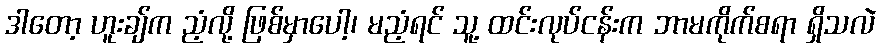
ဒါတော့ ဟူးချ်က ညံ့လို့ ဖြစ်မှာပေါ့၊ မညံ့ရင် သူ့ ထင်းလုပ်ငန်းက ဘာမကိုက်စရာ ရှိသလဲ